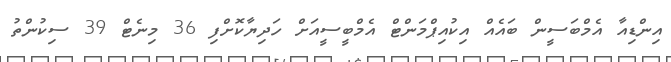
އިންޑިއާ އެމްބަސީން ބައެއް އިކުއިޕްމަންޓް އެމްބީސީއަށް ހަދިޔާކޮށްފި 36 މިނެޓް 39 ސިކުންތު